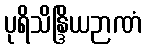
ပုရိသိန္ဒြိယဉာဏံ